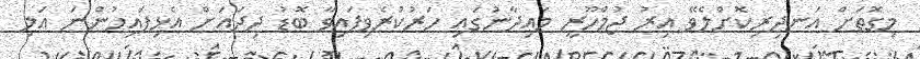
މިގޮތަށް އަނދިރިކޮށްލެވޭ އިރު ޖުމްހޫރީ މައިދާނުގައި ހަރުކުރެވިފައިވާ ބޮޑު ދިދައަށް އެޅިފައިހުންނަ އަލި